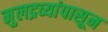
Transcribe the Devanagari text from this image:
मुलद्रव्यांपासून